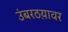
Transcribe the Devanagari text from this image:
उंबरठय़ावर